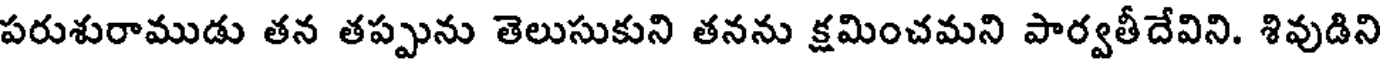
పరుశురాముడు తన తప్పును తెలుసుకుని తనను క్షమించమని పార్వతీదేవిని. శివుడిని